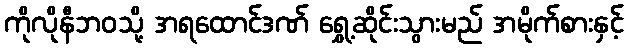
ကိုလိုနီဘဝသို့ အရထောင်ဒဏ် ရွှေ့ဆိုင်းသွားမည် အမိုက်စားနှင့်